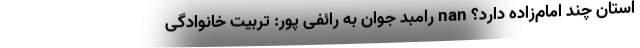
استان چند امام‌زاده دارد؟ nan رامبد جوان به رائفی پور: تربیت خانوادگی